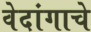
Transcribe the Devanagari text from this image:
वेदांगाचे